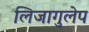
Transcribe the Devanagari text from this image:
लिजागुलेप